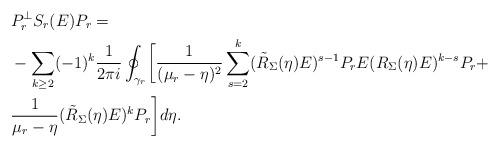
LaTeX: \begin{align*}&P_r^{\perp}S_r(E)P_r =\\& - \sum_{k\geq 2}(-1)^k\frac{1}{2\pi i}\oint_{\gamma_r} \biggl[\frac{1}{(\mu_r-\eta)^2}\sum_{s=2}^{k} (\tilde R_{\Sigma}(\eta)E)^{s-1}P_rE (R_{\Sigma}(\eta)E)^{k-s}P_r +\\& \frac{1}{\mu_r-\eta}(\tilde R_{\Sigma}(\eta)E)^k P_r\biggr]d\eta.\end{align*}